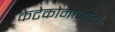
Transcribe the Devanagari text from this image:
केटेकोनाजोल